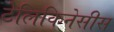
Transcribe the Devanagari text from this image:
टेलिकिनेसीस